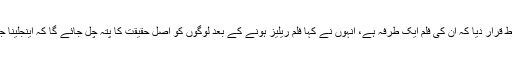
امریکی صحافی نے اس تاثر کو بھی غلط قرار دیا کہ ان کی فلم ایک طرفہ ہے، انہوں نے کہا فلم ریلیز ہونے کے بعد لوگوں کو اصل حقیقت کا پتہ چل جائے گا کہ اینجلینا جولی اور بریڈ پٹ میں طلاق کیوں ہوئی؟